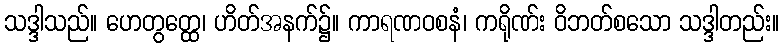
သဒ္ဒါသည်။ ဟေတွတ္ထေ၊ ဟိတ်အနက်၌။ ကာရဏဝစနံ၊ ကရိုဏ်း ဝိဘတ်စသော သဒ္ဒါတည်း။